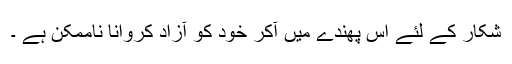
شکار کے لئے اس پھندے میں آکر خود کو آزاد کروانا ناممکن ہے ۔